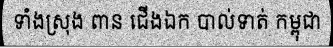
ទាំងស្រុង ពាន ជើងឯក បាល់ទាត់ កម្ពុជា